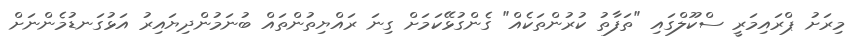
މިރަށު ޕްރައިމަރީ ސްކޫލްގައި "ތަފާތު ކުރުންތަކެއް" ގެންގުޅޭކަމަށް ގިނަ ރައްޔިތުންތައް ބުނަމުންދިޔައިރު އަޅުގަނޑުމެންނަށް